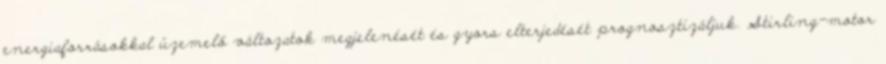
energiaforrásokkal üzemelő változatok megjelenését és gyors elterjedését prognosztizáljuk. Stirling-motor